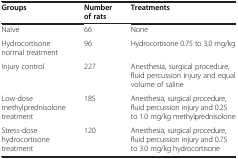
<table><thead><tr><td><b>Groups</b></td><td><b>Number of rats</b></td><td><b>Treatments</b></td></tr></thead><tbody><tr><td>Naïve</td><td>66</td><td>None</td></tr><tr><td>Hydrocortisone normal treatment</td><td>96</td><td>Hydrocortisone 0.75 to 3,0 mg/kg</td></tr><tr><td>Injury control</td><td>227</td><td>Anesthesia, surgical procedure, fluid percussion injury and equal volume of saline</td></tr><tr><td>Low-dose methylprednisolone treatment</td><td>185</td><td>Anesthesia, surgical procedure, fluid percussion injury and 0.25 to 1.0 mg/kg methylprednisolone</td></tr><tr><td>Stress-dose hydrocortisone treatment</td><td>120</td><td>Anesthesia, surgical procedure, fluid percussion injury and 0.75 to 3.0 mg/kg hydrocortisone</td></tr></tbody></table>